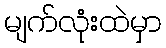
မျက်လုံးထဲမှာ